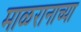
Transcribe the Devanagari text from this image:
माळरानाच्या